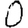
Digit: 0